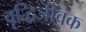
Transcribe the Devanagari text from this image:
वृद्धिजीवक